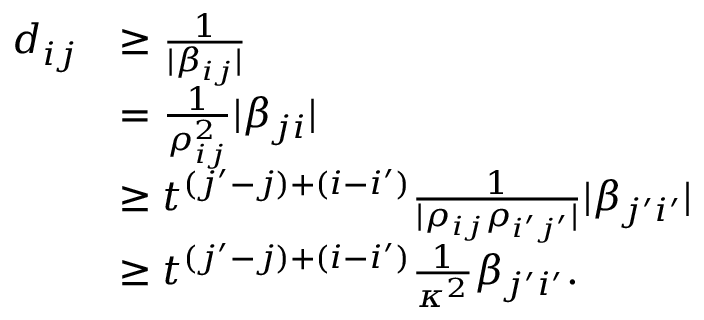
\begin{array} { r l } { d _ { i j } } & { \geq \frac { 1 } { | \beta _ { i j } | } } \\ & { = \frac { 1 } { \rho _ { i j } ^ { 2 } } | \beta _ { j i } | } \\ & { \geq t ^ { ( j ^ { \prime } - j ) + ( i - i ^ { \prime } ) } \frac { 1 } { | \rho _ { i j } \rho _ { i ^ { \prime } j ^ { \prime } } | } | \beta _ { j ^ { \prime } i ^ { \prime } } | } \\ & { \geq t ^ { ( j ^ { \prime } - j ) + ( i - i ^ { \prime } ) } \frac { 1 } { \kappa ^ { 2 } } \beta _ { j ^ { \prime } i ^ { \prime } } . } \end{array}